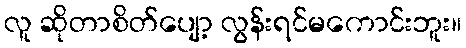
လူ ဆိုတာစိတ်ပျော့ လွန်းရင်မကောင်းဘူး။